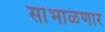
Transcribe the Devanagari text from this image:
सांभाळणार